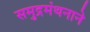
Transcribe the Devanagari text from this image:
समुद्रमंथनाने